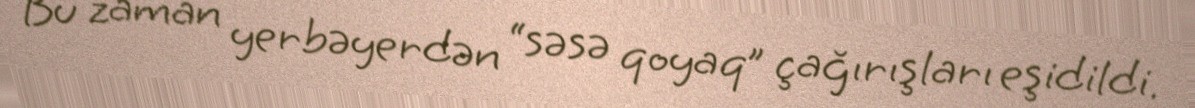
Bu zaman yerbəyerdən “səsə qoyaq” çağırışları eşidildi.